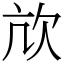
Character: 㰠